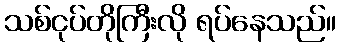
သစ်ငုပ်တိုကြီးလို ရပ်နေသည်။